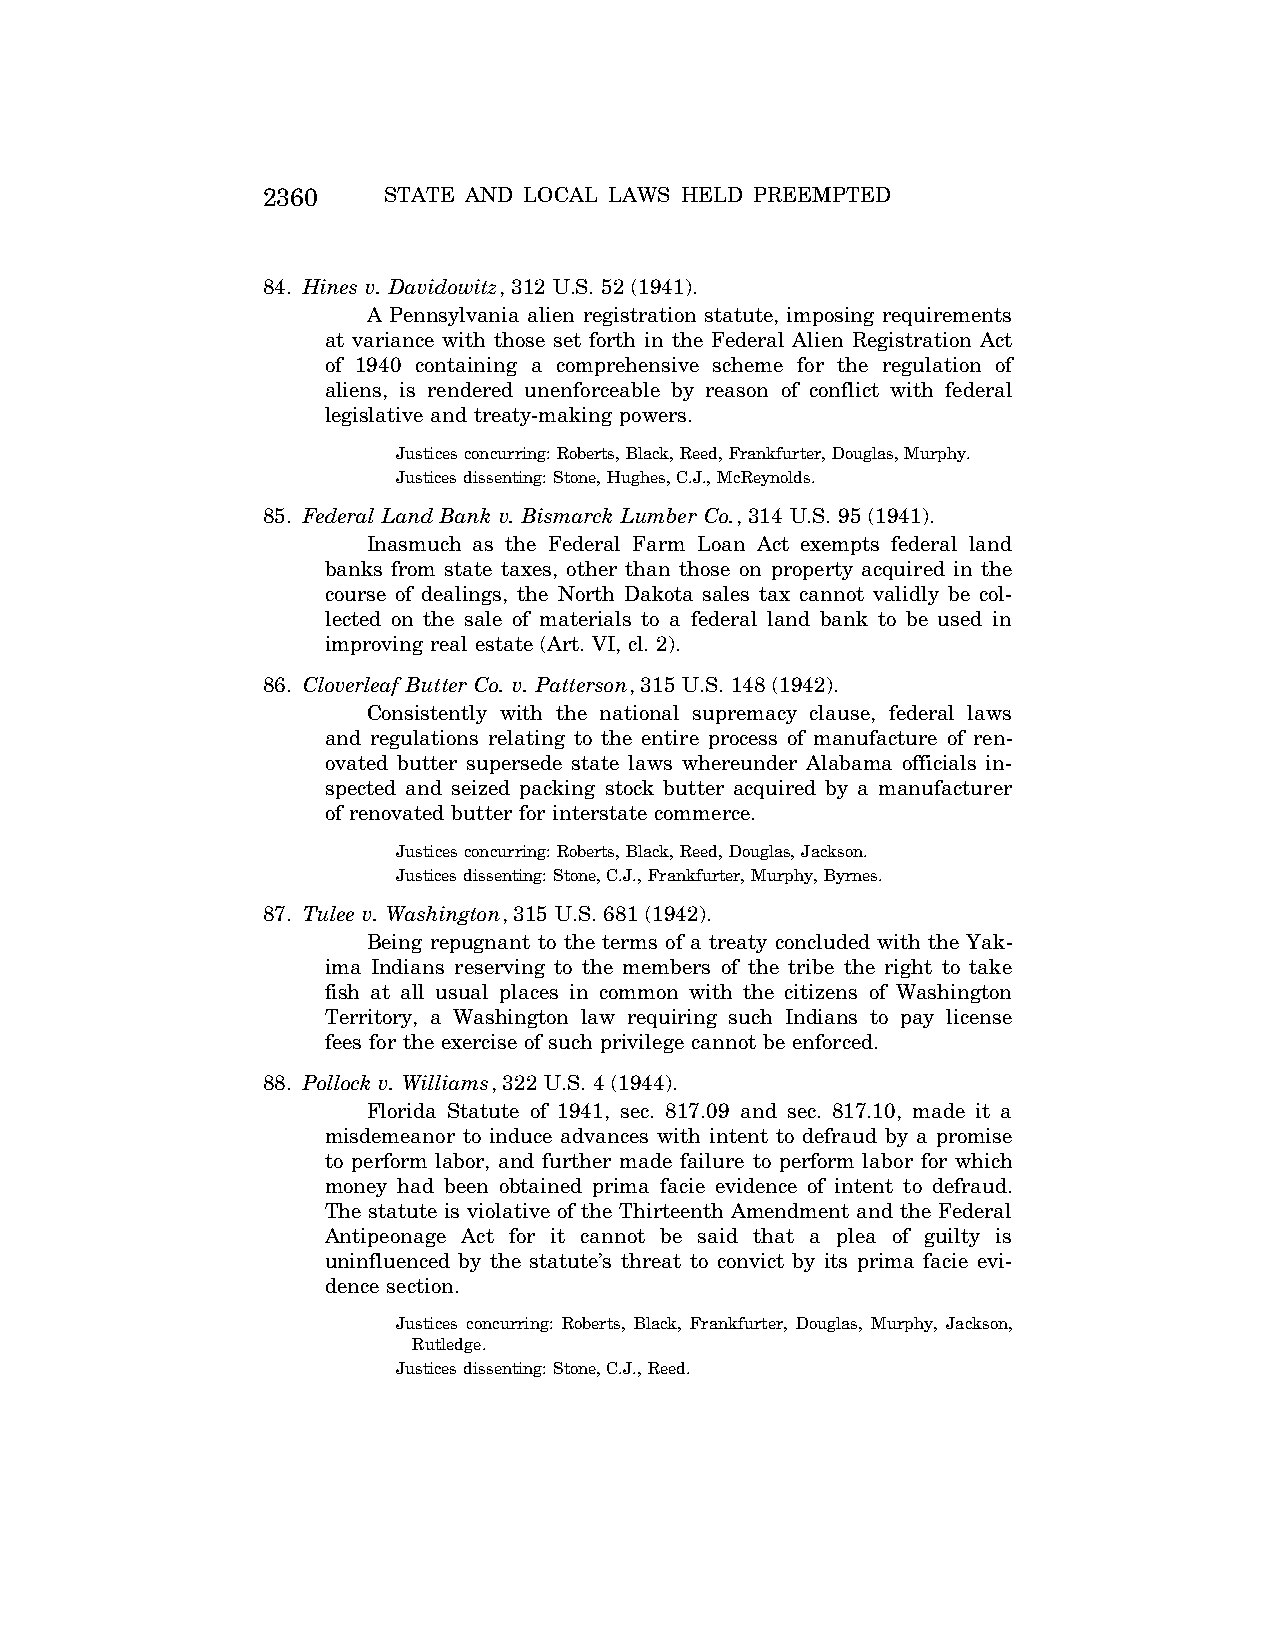
2360    STATE AND LOCAL LAWS HELD PREEMPTED
 84. Hines v. Davidowitz, 312 U.S. 52 (1941).
 A Pennsylvania alien registration statute, imposing requirements
 at variance with those set forth in the Federal Alien Registration Act
 of 1940 containing a comprehensive scheme for the regulation of
 aliens, is rendered unenforceable by reason of conflict with federal
 legislative and treaty-making powers.
 Justices concurring: Roberts, Black, Reed, Frankfurter, Douglas, Murphy.
 Justices dissenting: Stone, Hughes, C.J., McReynolds.
 85. Federal Land Bank v. Bismarck Lumber Co., 314 U.S. 95 (1941).
 Inasmuch as the Federal Farm Loan Act exempts federal land
 banks from state taxes, other than those on property acquired in the
 course of dealings, the North Dakota sales tax cannot validly be col-
 lected on the sale of materials to a federal land bank to be used in
 improving real estate (Art. VI, cl. 2).
 86. Cloverleaf Butter Co. v. Patterson, 315 U.S. 148 (1942).
 Consistently with the national supremacy clause, federal laws
 and regulations relating to the entire process of manufacture of ren-
 ovated butter supersede state laws whereunder Alabama officials in-
 spected and seized packing stock butter acquired by a manufacturer
 of renovated butter for interstate commerce.
 Justices concurring: Roberts, Black, Reed, Douglas, Jackson.
 Justices dissenting: Stone, C.J., Frankfurter, Murphy, Byrnes.
 87. Tulee v. Washington, 315 U.S. 681 (1942).
 Being repugnant to the terms of a treaty concluded with the Yak-
 ima Indians reserving to the members of the tribe the right to take
 fish at all usual places in common with the citizens of Washington
 Territory, a Washington law requiring such Indians to pay license
 fees for the exercise of such privilege cannot be enforced.
 88. Pollock v. Williams, 322 U.S. 4 (1944).
 Florida Statute of 1941, sec. 817.09 and sec. 817.10, made it a
 misdemeanor to induce advances with intent to defraud by a promise
 to perform labor, and further made failure to perform labor for which
 money had been obtained prima facie evidence of intent to defraud.
 The statute is violative of the Thirteenth Amendment and the Federal
 Antipeonage Act for it cannot be said that a plea of guilty is
 uninfluenced by the statute’s threat to convict by its prima facie evi-
 dence section.
 Justices concurring: Roberts, Black, Frankfurter, Douglas, Murphy, Jackson,
 Rutledge.
 Justices dissenting: Stone, C.J., Reed.
 VerDate Aug<04>2004 12:59 Aug 23, 2004 Jkt 077500 PO 00000 Frm 00014 Fmt 8222 Sfmt 8222 C:\CONAN\CON066.SGM PRFM99 PsN: CON066